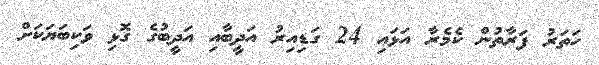
ހަތަރު ފަރާތުން ކެމެރާ އަޅައި 24 ގަޑިއިރު އަދީބާއި އަދީބުގެ ގޮޅި ވަކިބަޔަކަށް